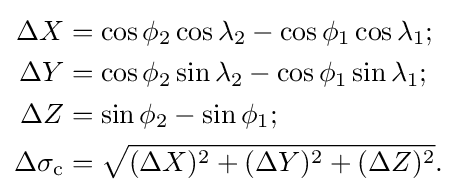
{\begin{aligned}\Delta {X}&=\cos \phi _{2}\cos \lambda _{2}-\cos \phi _{1}\cos \lambda _{1};\\\Delta {Y}&=\cos \phi _{2}\sin \lambda _{2}-\cos \phi _{1}\sin \lambda _{1};\\\Delta {Z}&=\sin \phi _{2}-\sin \phi _{1};\\\Delta \sigma _{\text{c}}&={\sqrt {(\Delta {X})^{2}+(\Delta {Y})^{2}+(\Delta {Z})^{2}}}.\end{aligned}}